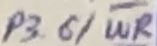
Text: P3.6/WR